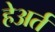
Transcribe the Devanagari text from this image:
हेअर्त